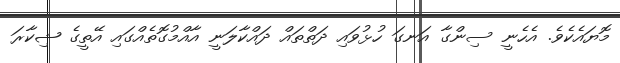
މޮޔައެކެވެ. އެހެނީ ސިންގާ އަނގަ ހުޅުވައި ދަތްތައް ދައްކާލަނީ އާއްމުގޮތެއްގައި އޭތީގެ ޝިކާރަ